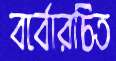
বর্বোরচিত